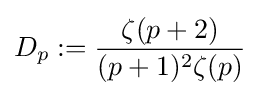
D_{p}:={\frac {\zeta (p+2)}{(p+1)^{2}\zeta (p)}}